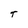
Character: T